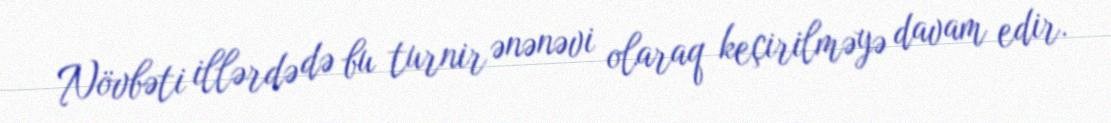
Növbəti illərdə də bu turnir ənənəvi olaraq keçirilməyə davam edir.